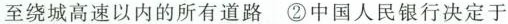
至绕城高速以内的所有道路②中国人民银行决定于